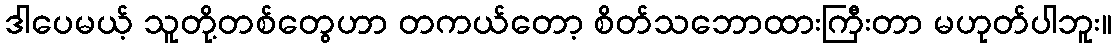
ဒါပေမယ့် သူတို့တစ်တွေဟာ တကယ်တော့ စိတ်သဘောထားကြီးတာ မဟုတ်ပါဘူး။